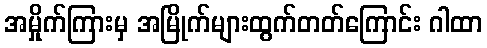
အမှိုက်ကြားမှ အမြိုက်များထွက်တတ်ကြောင်း ဂါထာ